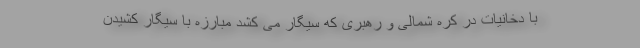
با دخانیات در کره شمالی و رهبری که سیگار می کشد مبارزه با سیگار کشیدن